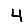
Digit: 4